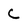
Character: C